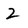
Character: 2